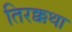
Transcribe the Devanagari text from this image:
तिरक्कथा